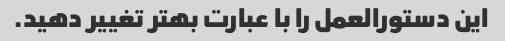
این دستورالعمل را با عبارت بهتر تغییر دهید.